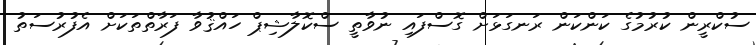
ސުކްރީން ކުރުމުގެ ކަންކަން ރަނގަޅަށް ގޮސްފައި ނުވާތީ ސްކޮލާޝިޕް ހައްޤުވާ ފަރާތްތަކަށް އެފުރުސަތު